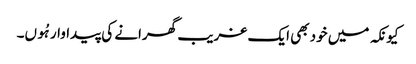
کیونکہ میں خود بھی ایک غریب گھرانے کی پیداوار ہُوں۔